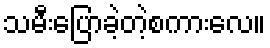
သမီးပြောခဲ့တဲ့စကားလေ။